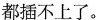
都插不上了。